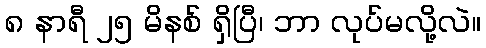
၈ နာရီ ၂၅ မိနစ် ရှိပြီ၊ ဘာ လုပ်မလို့လဲ။